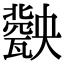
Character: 𤮤